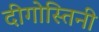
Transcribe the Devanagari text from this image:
दीगोस्तिनी